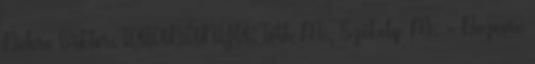
Debre Viktor. TATABÁNYA: Tóth M., Székely M. - Bozovic